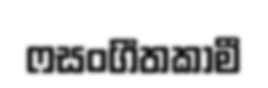
ෆසංගීතකාමී